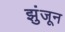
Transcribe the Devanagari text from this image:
झुंजून